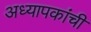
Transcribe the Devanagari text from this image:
अध्यापकांची